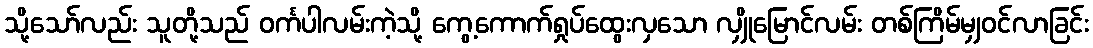
သို့သော်လည်း သူတို့သည် ဝင်္ကပါလမ်းကဲ့သို့ ကွေ့ကောက်ရှုပ်ထွေးလှသော လျှိုမြောင်လမ်း တစ်ကြိမ်မျှဝင်လာခြင်း